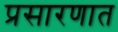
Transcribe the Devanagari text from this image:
प्रसारणात